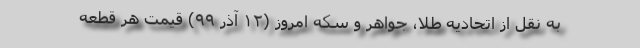
به نقل از اتحادیه طلا، جواهر و سکه امروز (۱۲ آذر ۹۹) قیمت هر قطعه